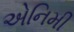
એનિમી